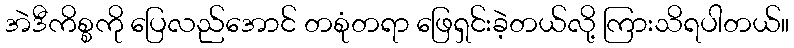
အဲဒီကိစ္စကို ပြေလည်အောင် တစုံတရာ ဖြေရှင်းခဲ့တယ်လို့ ကြားသိရပါတယ်။